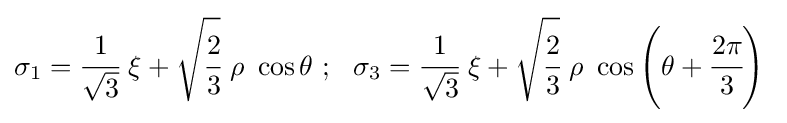
\sigma _{1}={\cfrac {1}{\sqrt {3}}}~\xi +{\sqrt {\cfrac {2}{3}}}~\rho ~\cos \theta ~;~~\sigma _{3}={\cfrac {1}{\sqrt {3}}}~\xi +{\sqrt {\cfrac {2}{3}}}~\rho ~\cos \left(\theta +{\cfrac {2\pi }{3}}\right)~